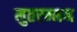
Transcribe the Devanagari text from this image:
मुतरम्मन